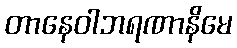
တာနေဝါဘရဏာနိမေ